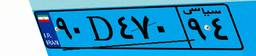
۹۰D۴۷۰۹۴